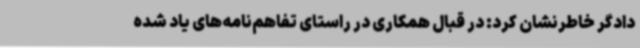
دادگر خاطرنشان کرد: در قبال همکاری در راستای تفاهم‌نامه‌های یاد شده